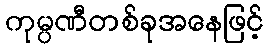
ကုမ္ပဏီတစ်ခုအနေဖြင့်